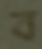
ব